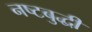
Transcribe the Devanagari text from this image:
नष्टबुद्धी